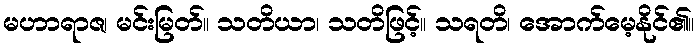
မဟာရာဇ၊ မင်းမြတ်။ သတိယာ၊ သတိဖြင့်။ သရတိ၊ အောက်မေ့နိုင်၏။